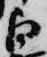
白